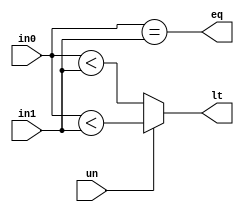
module Branch_comp (
    input signed [31:0] in0, in1,
    input un,
    output reg lt, 
    output eq
);
    assign eq = (in0 == in1);

    always @(*) begin
        if(un)
            lt = ($unsigned(in0) < $unsigned(in1)) ;
        else    
            lt = (in0 < in1) ;
    end   
endmodule